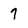
Character: 7